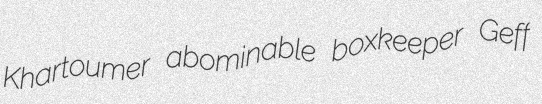
Khartoumer abominable boxkeeper Geff